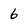
Character: 6